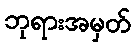
ဘုရားအမှတ်